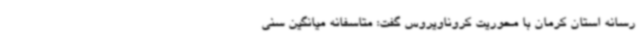
رسانه استان کرمان با محوریت کروناویروس گفت: متاسفانه میانگین سنی